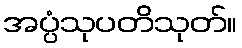
အပ္ပံသုပတိသုတ်။